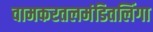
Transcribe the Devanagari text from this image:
वामकरतलमंडितलिंगा